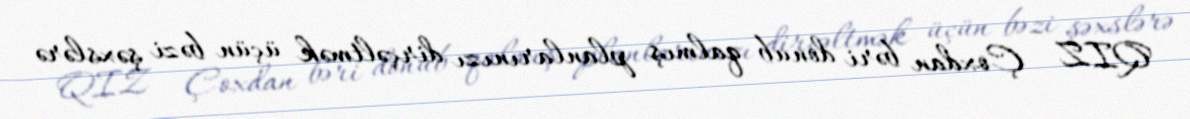
QIZ - Çoxdan bəri donub qalmış planlarınızı dirçəltmək üçün bəzi şəxslərə